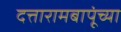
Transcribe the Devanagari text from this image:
दत्तारामबापूंच्या